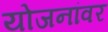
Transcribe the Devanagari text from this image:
योजनांवर